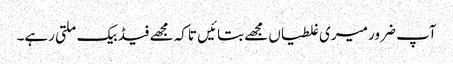
آپ ضرور میری غلطیاں مجھے بتائیں تاکہ مجھے فیڈ بیک ملتی رہے۔